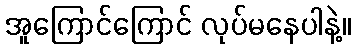
အူကြောင်ကြောင် လုပ်မနေပါနဲ့။